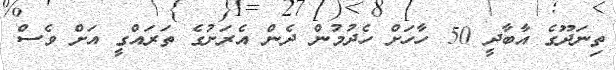
ތިނަދޫގެ އާބާދީ 50 ހާހަށް ހެދުމުން ދެން އެރަށުގެ ތަރައްގީ އަށް ވެސް